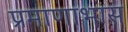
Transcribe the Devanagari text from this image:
प्रमाणाभास